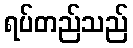
ရပ်တည်သည်